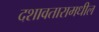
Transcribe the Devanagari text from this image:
दशावतारामधील